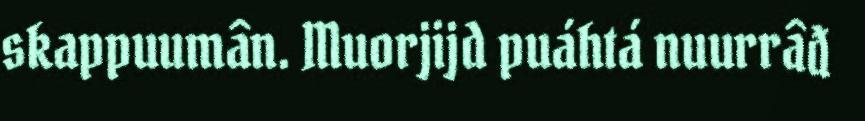
skappuumân. Muorjijd puáhtá nuurrâđ